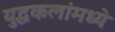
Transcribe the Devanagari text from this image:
युद्धकलांमध्ये